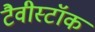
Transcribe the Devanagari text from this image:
टैवीस्टॉक